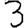
Digit: 3